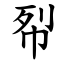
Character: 㡂